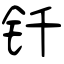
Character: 钎